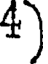
4)